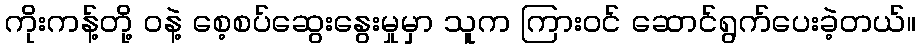
ကိုးကန့်တို့ ဝနဲ့ စေ့စပ်ဆွေးနွေးမှုမှာ သူက ကြားဝင် ဆောင်ရွက်ပေးခဲ့တယ်။